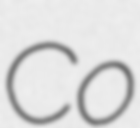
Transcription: Co